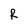
Character: R